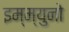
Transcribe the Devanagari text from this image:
इम्म्युनो